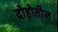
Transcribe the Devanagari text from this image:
दोहोतील